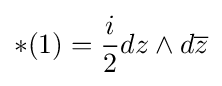
*(1)={\frac {i}{2}}dz\wedge d{\overline {z}}